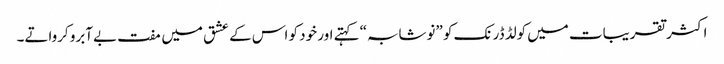
اکثر تقریبات میں کولڈ ڈرنک کو ”نوشابہ“ کہتے اور خود کو اس کے عشق میں مفت بےآبرو کرواتے۔